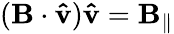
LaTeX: (\mathbf{B}\cdot\mathbf{\hat{v}})\mathbf{\hat{v}}=\mathbf{B}_{\parallel}